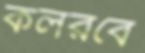
কলরবে